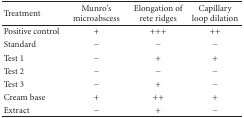
<table><thead><tr><td><b>Treatment</b></td><td><b>Munro&#x27;s microabscess</b></td><td><b>Elongation of rete ridges</b></td><td><b>Capillary loop dilation</b></td></tr></thead><tbody><tr><td>Positive control</td><td>+</td><td>+++</td><td>++</td></tr><tr><td>Standard</td><td>−</td><td>−</td><td>−</td></tr><tr><td>Test 1</td><td>−</td><td>+</td><td>+</td></tr><tr><td>Test 2</td><td>−</td><td>−</td><td>−</td></tr><tr><td>Test 3</td><td>−</td><td>+</td><td>−</td></tr><tr><td>Cream base</td><td>+</td><td>++</td><td>+</td></tr><tr><td>Extract</td><td>−</td><td>+</td><td>−</td></tr></tbody></table>